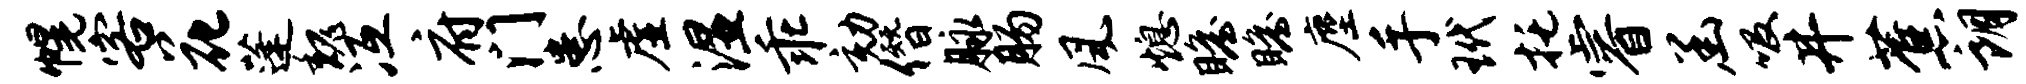
幌客花蓬魏冱府门患虚湿乖劾僭脉肠风熄瞻瞻麈手玳托睿函吸井蕉朗